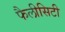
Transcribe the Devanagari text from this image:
फैलीसिटी